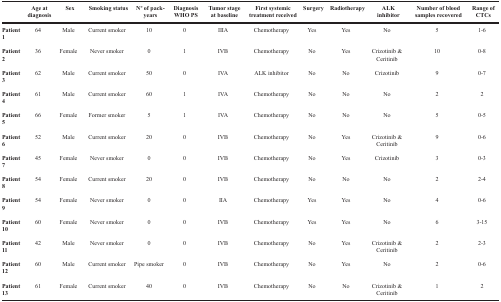
<table><thead><tr><td></td><td><b>Age at diagnosis</b></td><td><b>Sex</b></td><td><b>Smoking status</b></td><td><b>N° of pack-years</b></td><td><b>Diagnosis WHO PS</b></td><td><b>Tumor stage at baseline</b></td><td><b>First systemic treatment received</b></td><td><b>Surgery</b></td><td><b>Radiotherapy</b></td><td><b>ALK inhibitor</b></td><td><b>Number of blood samples recovered</b></td><td><b>Range of CTCs</b></td></tr></thead><tbody><tr><td><b>Patient 1</b></td><td>64</td><td>Male</td><td>Current smoker</td><td>10</td><td>0</td><td>IIIA</td><td>Chemotherapy</td><td>Yes</td><td>Yes</td><td>No</td><td>5</td><td>1-6</td></tr><tr><td><b>Patient 2</b></td><td>36</td><td>Female</td><td>Never smoker</td><td>0</td><td>1</td><td>IVB</td><td>Chemotherapy</td><td>No</td><td>Yes</td><td>Crizotinib &amp; Ceritinib</td><td>10</td><td>0-8</td></tr><tr><td><b>Patient 3</b></td><td>62</td><td>Male</td><td>Current smoker</td><td>50</td><td>0</td><td>IVA</td><td>ALK inhibitor</td><td>No</td><td>No</td><td>Crizotinib</td><td>9</td><td>0-7</td></tr><tr><td><b>Patient 4</b></td><td>61</td><td>Male</td><td>Current smoker</td><td>60</td><td>1</td><td>IVA</td><td>Chemotherapy</td><td>No</td><td>No</td><td>No</td><td>2</td><td>2</td></tr><tr><td><b>Patient 5</b></td><td>66</td><td>Female</td><td>Former smoker</td><td>5</td><td>1</td><td>IVA</td><td>Chemotherapy</td><td>No</td><td>No</td><td>No</td><td>5</td><td>0-5</td></tr><tr><td><b>Patient 6</b></td><td>52</td><td>Male</td><td>Current smoker</td><td>20</td><td>0</td><td>IVB</td><td>Chemotherapy</td><td>No</td><td>Yes</td><td>Crizotinib &amp; Ceritinib</td><td>9</td><td>0-6</td></tr><tr><td><b>Patient 7</b></td><td>45</td><td>Female</td><td>Never smoker</td><td>0</td><td>0</td><td>IVB</td><td>Chemotherapy</td><td>No</td><td>Yes</td><td>Crizotinib</td><td>3</td><td>0-3</td></tr><tr><td><b>Patient 8</b></td><td>54</td><td>Female</td><td>Current smoker</td><td>20</td><td>0</td><td>IVB</td><td>Chemotherapy</td><td>No</td><td>No</td><td>No</td><td>2</td><td>2-4</td></tr><tr><td><b>Patient 9</b></td><td>54</td><td>Female</td><td>Never smoker</td><td>0</td><td>0</td><td>IIA</td><td>Chemotherapy</td><td>Yes</td><td>Yes</td><td>No</td><td>4</td><td>0-6</td></tr><tr><td><b>Patient 10</b></td><td>60</td><td>Female</td><td>Never smoker</td><td>0</td><td>0</td><td>IVB</td><td>Chemotherapy</td><td>Yes</td><td>Yes</td><td>No</td><td>6</td><td>3-15</td></tr><tr><td><b>Patient 11</b></td><td>42</td><td>Male</td><td>Never smoker</td><td>0</td><td>0</td><td>IVB</td><td>Chemotherapy</td><td>No</td><td>Yes</td><td>Crizotinib &amp; Ceritinib</td><td>2</td><td>2-3</td></tr><tr><td><b>Patient 12</b></td><td>60</td><td>Male</td><td>Current smoker</td><td>Pipe smoker</td><td>0</td><td>IVB</td><td>Chemotherapy</td><td>No</td><td>Yes</td><td>No</td><td>2</td><td>0-6</td></tr><tr><td><b>Patient 13</b></td><td>61</td><td>Female</td><td>Current smoker</td><td>40</td><td>0</td><td>IVB</td><td>Chemotherapy</td><td>No</td><td>No</td><td>Crizotinib &amp; Ceritinib</td><td>1</td><td>2</td></tr></tbody></table>